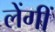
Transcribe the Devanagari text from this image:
लेंगीं